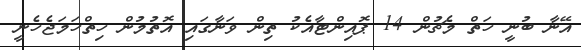
އޭނާ ބުނީ ހަތް މެޗުން 14 ޕޮއިންޓާއެކު ތިން ވަނާގައި އޮތުމުން ހިތްހަމަޖެހެނީ